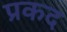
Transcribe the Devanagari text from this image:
प्रकद